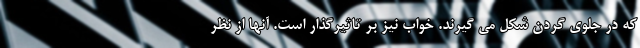
که در جلوی گردن شکل می گیرند. خواب نیز بر تاثیرگذار است. آنها از نظر